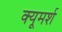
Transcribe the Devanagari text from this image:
क्यूमर्श